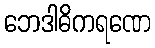
ဘေဒါဓိကရဏေ